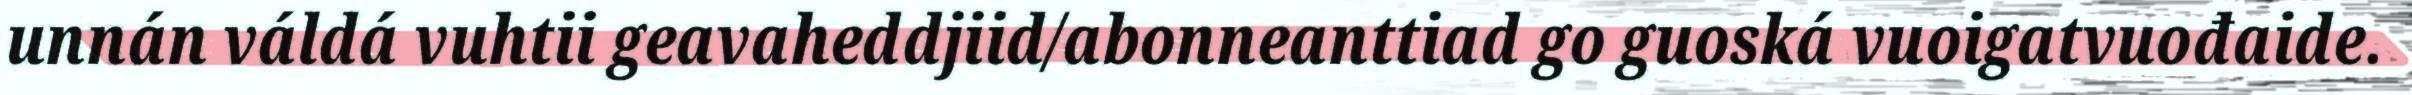
unnán váldá vuhtii geavaheddjiid/abonneanttiad go guoská vuoigatvuođaide.